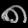
Digit: ၈